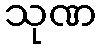
သုဏ